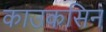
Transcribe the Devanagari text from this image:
काउकसिन